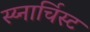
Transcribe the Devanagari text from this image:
स्य्नार्चिस्ट